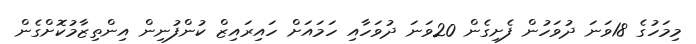
މިމަހުގެ 18ވަނަ ދުވަހުން ފެށިގެން 20ވަނަ ދުވަހާއި ހަމައަށް ހައިރައިޒް ކުންފުނިން އިންތިޒާމުކޮށްގެން